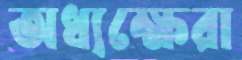
অধ্যক্ষেরা